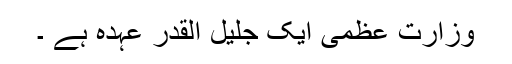
وزارت عظمی ایک جلیل القدر عہدہ ہے ۔